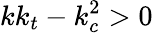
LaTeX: kk_{t}-k_{c}^{2}>0